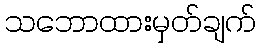
သဘောထားမှတ်ချက်